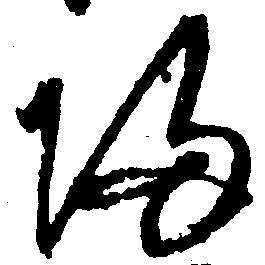
帰